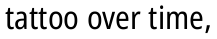
tattoo over time,